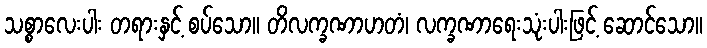
သစ္စာလေးပါး တရားနှင့် စပ်သော။ တိလက္ခဏာဟတံ၊ လက္ခဏာရေးသုံးပါးဖြင့် ဆောင်သော။